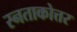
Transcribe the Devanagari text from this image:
स्नताकोत्तर